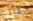
عثروا